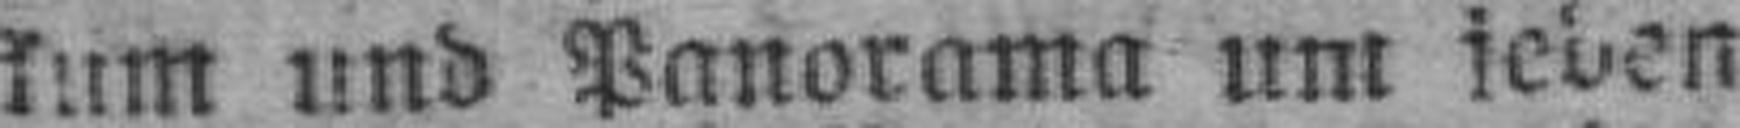
kum und Panorama um jeden